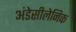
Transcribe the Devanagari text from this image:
अंडेसीलेनिक